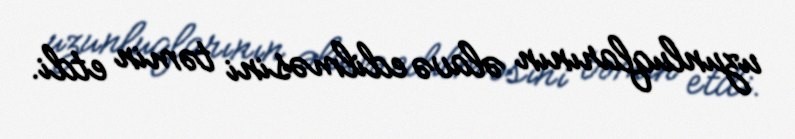
uzunluqlarının əlavə edilməsini təmin etdi.